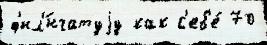
ф'ил'́нчатуjу как с'еб'е́ 70